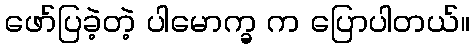
ဖော်ပြခဲ့တဲ့ ပါမောက္ခ က ပြောပါတယ်။